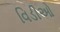
વિડીઓ